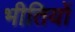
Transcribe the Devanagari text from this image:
भीतियों